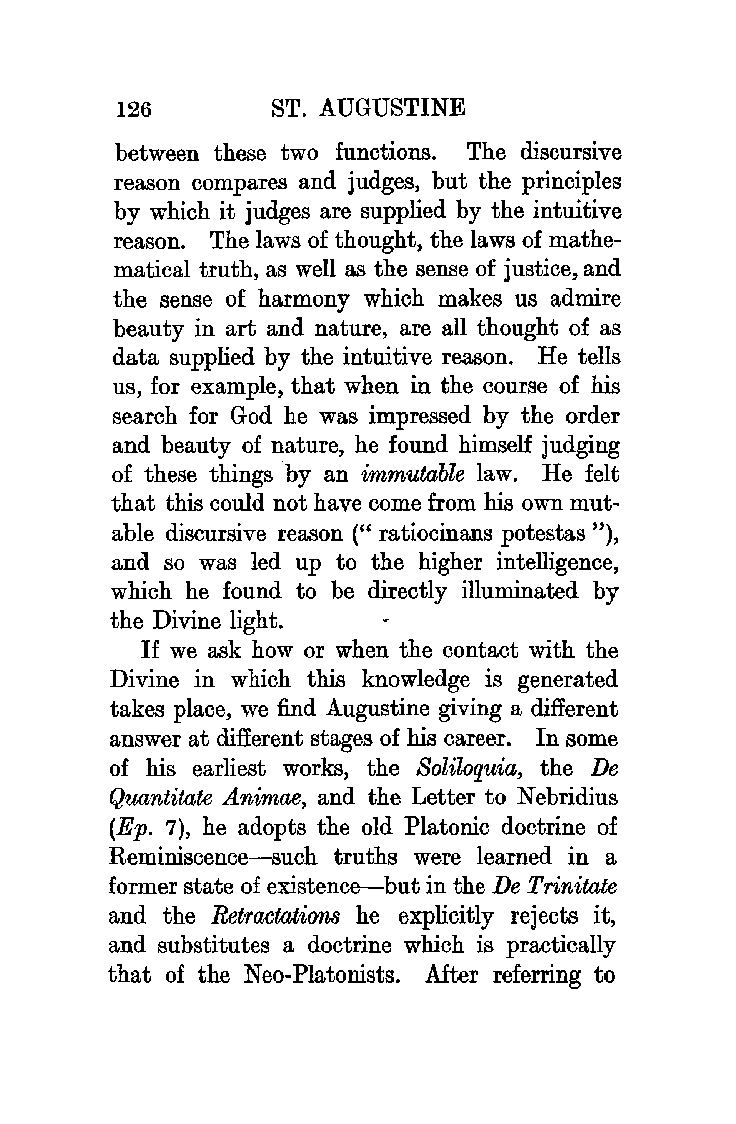
126       ST. AUGUSTINE
 between these two functions. The discursive
 reason compares and judges, but the principles
 by which it judges are supplied by the intuitive
 reason. The laws of thought, the laws of mathe
 matical truth, as well as the sense of justice, and
 the sense of harmony which makes us admire
 beauty in art and nature, are all thought of as
 data supplied by the intuitive reason. He tells
 us, for example, that when in the course of his
 search for God he was impressed by the order
 and beauty of nature, he found himself judging
 of these things by an immutable law. He felt
 that this could not have come from his own mut
 able discursive reason (" ratiocinans potestas "),
 and so was led up to the higher intelligence,
 which he found to be directly illuminated by
 the Divine light.
 If we ask how or when the contact with the
 Divine in which this knowledge is generated
 takes place, we find Augustine giving a different
 answer at different stages of his career. In some
 of his earliest works, the Soliloquia, the De
 Qi,,antitate Animae, and the Letter to Nebridius
 (Ep. 7), he adopts the old Platonic doctrine of
 Reminiscence-such truths were learned in a
 former state of existence-but in the De Trinitate
 and the Retractations he explicitly rejects it,
 and substitutes a doctrine which is practically
 that of the Neo-Platonists. After referring to